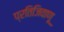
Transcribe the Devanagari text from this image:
प्रतिजिवाणू